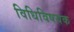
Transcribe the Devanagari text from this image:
विधिविषयक